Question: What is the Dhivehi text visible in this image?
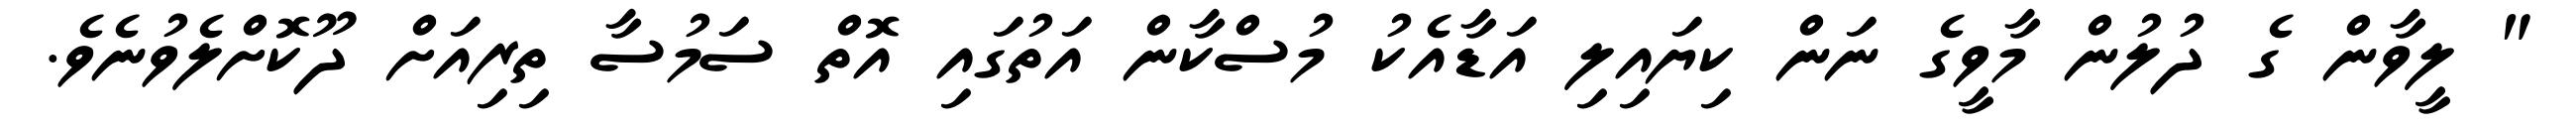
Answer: " ލީވާން ގެ ދުލުން މާވީގެ ނަން ކިޔައިލި އަޑާއެކު މުސްކާން އަތުގައި އޮތް ސަމުސާ ތިރިއަށް ދޫކޮށްލެވުނެވެ.